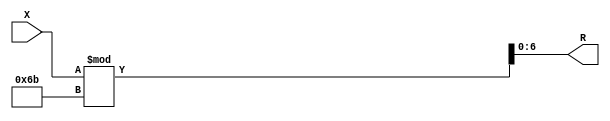
module x_300_mod_107_reg(
    input [300:1] X,
    output [7:1] R
    );


assign R = X % 107;

endmodule